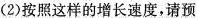
(2) 按照这样的增长速度，请预